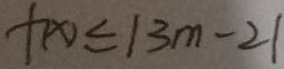
f ( x ) \leq \vert 3 m - 2 \vert